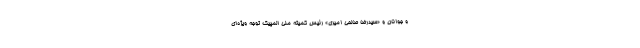
و جوانان و «سیدرضا صالحی امیری» رئیس کمیته ملی المپیک توجه ویژه‌ای